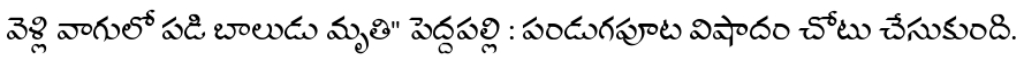
వెళ్లి వాగులో పడి బాలుడు మృతి" పెద్దపల్లి : పండుగపూట విషాదం చోటు చేసుకుంది.